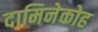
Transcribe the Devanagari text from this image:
दामिनेकोह